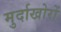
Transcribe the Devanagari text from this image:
मुर्दाखोरों